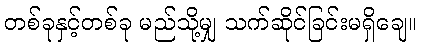
တစ်ခုနှင့်တစ်ခု မည်သို့မျှ သက်ဆိုင်ခြင်းမရှိချေ။